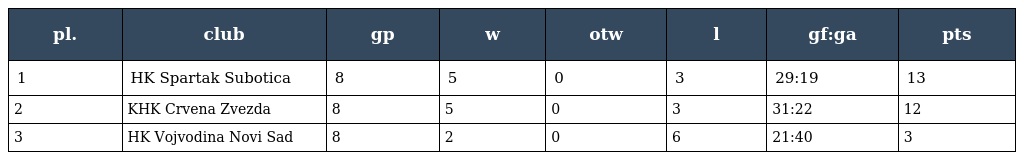
| pl. | club | gp | w | otw | l | gf:ga | pts |
 | --- | --- | --- | --- | --- | --- | --- | --- |
 | 1 | HK Spartak Subotica | 8 | 5 | 0 | 3 | 29:19 | 13 |
 | 2 | KHK Crvena Zvezda | 8 | 5 | 0 | 3 | 31:22 | 12 |
 | 3 | HK Vojvodina Novi Sad | 8 | 2 | 0 | 6 | 21:40 | 3 |